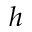
h